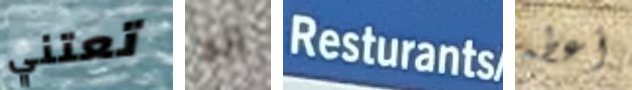
تعتني انه Resturants أعطه